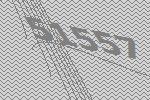
51557